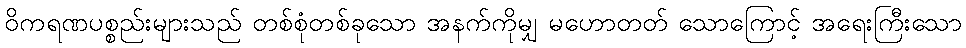
ဝိကရဏပစ္စည်းများသည် တစ်စုံတစ်ခုသော အနက်ကိုမျှ မဟောတတ် သောကြောင့် အရေးကြီးသော